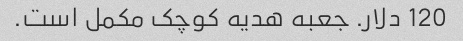
120 دلار. جعبه هدیه کوچک مکمل است.